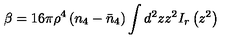
\beta = 1 6 \pi \rho ^ { 4 } \left( n _ { 4 } - \bar { n } _ { 4 } \right) \int d ^ { 2 } z z ^ { 2 } I _ { r } \left( z ^ { 2 } \right)